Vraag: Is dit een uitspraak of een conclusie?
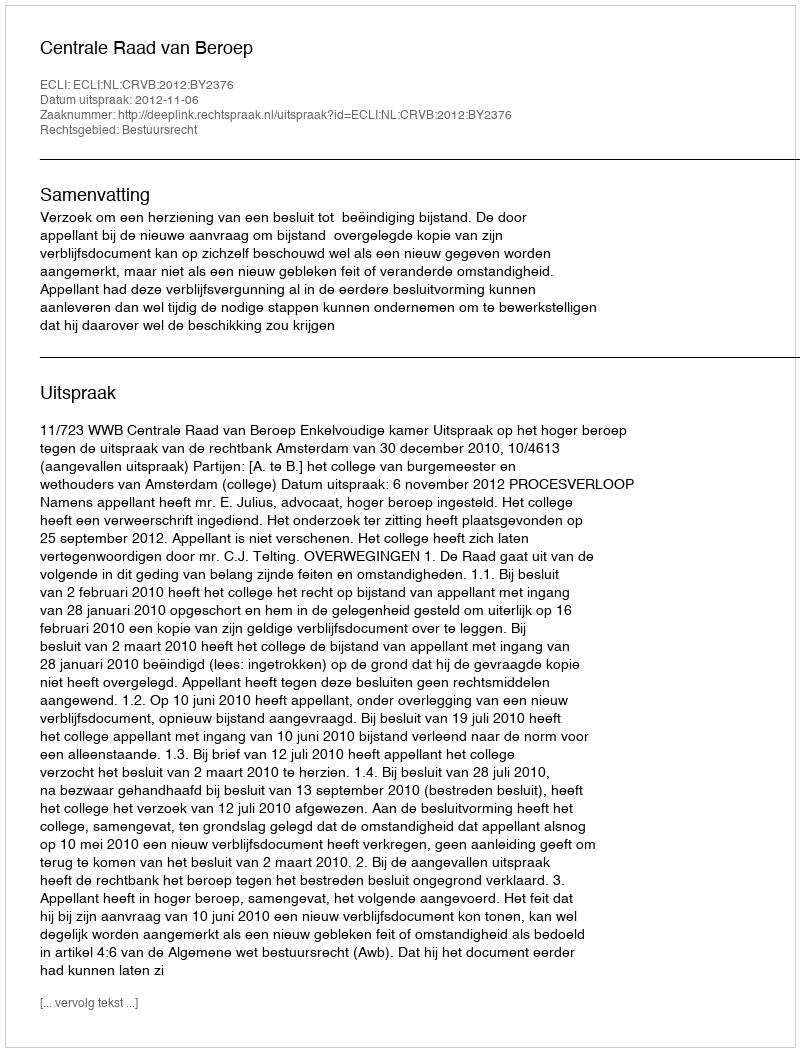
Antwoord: Uitspraak